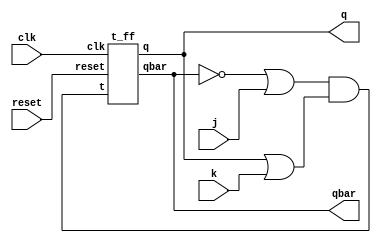
module jk_using_t(input clk,reset,j,k, output q,qbar);
wire w1;
assign w1 = (~qbar|j)&(q|k);
t_ff TFF(clk,reset,w1,q,qbar);
endmodule

module t_ff(input clk,reset,t,output reg q, output qbar);
always@(posedge clk)begin
  if(reset)
    q <= 1'b0;
  else begin
    if(t)
      q<= ~q;
    else
      q<= q;                     
  end
end
assign qbar = ~q;
endmodule